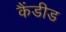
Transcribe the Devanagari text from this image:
कैंडीड